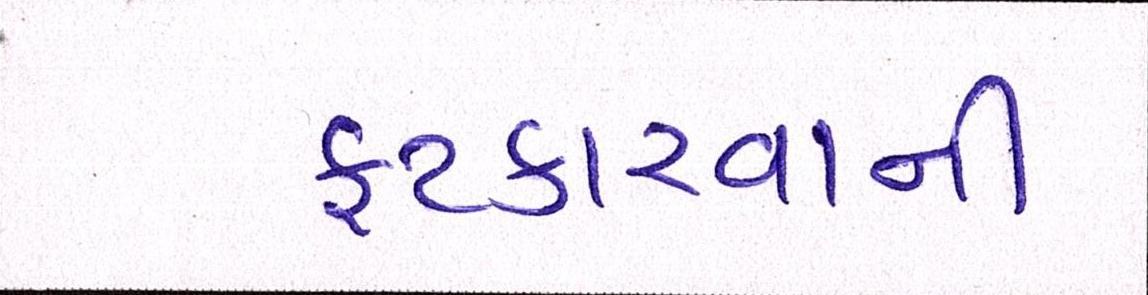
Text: ફટકારવાની